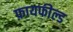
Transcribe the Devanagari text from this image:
फ़ायफील्ड